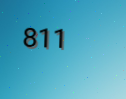
811